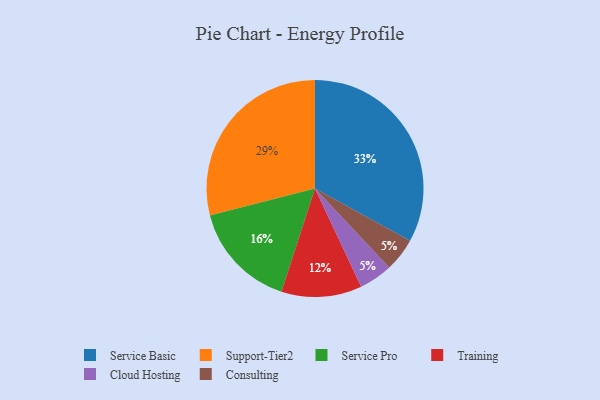
{"axis": {"x": "Category", "y": "Percentage"}, "legend": ["Cloud Hosting", "Consulting", "Service Basic", "Service Pro", "Support-Tier2", "Training"], "data": [{"x": "Training", "y": 12, "type": "Training"}, {"x": "Service Pro", "y": 16, "type": "Service Pro"}, {"x": "Cloud Hosting", "y": 5, "type": "Cloud Hosting"}, {"x": "Service Basic", "y": 33, "type": "Service Basic"}, {"x": "Support-Tier2", "y": 29, "type": "Support-Tier2"}, {"x": "Consulting", "y": 5, "type": "Consulting"}]}